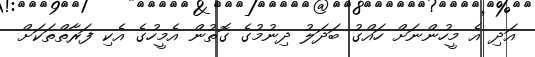
އަދި އެ މީހުންނަށް ހައްގު ބަދަލު ދިނުމުގެ ގޮތުން އެމީހުގެ އެކި ފަރާތްތަކަށް